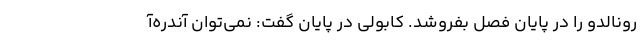
رونالدو را در پایان فصل بفروشد. کابولی در پایان گفت: نمی‌توان آندره‌آ